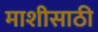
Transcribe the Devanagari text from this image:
माशीसाठी